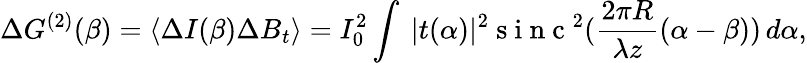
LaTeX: \Delta G^{(2)}(\beta)=\langle\Delta I(\beta)\Delta B_{t}\rangle=I_{0}^{2}\int\ |t(\alpha)|^{2}\mathrm{~s~i~n~c~}^{2}(\frac{2\pi R}{\lambda z}(\alpha-\beta))\, d\alpha,